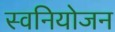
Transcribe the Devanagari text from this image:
स्वनियोजन